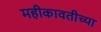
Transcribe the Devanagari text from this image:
महीकावतीच्या